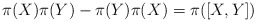
\begin{align*}\pi(X)\pi(Y) - \pi(Y)\pi(X) = \pi([X,Y])\end{align*}